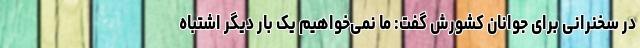
در سخنرانی برای جوانان کشورش گفت: ما نمی‌خواهیم یک بار دیگر اشتباه